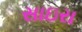
સાઇરા